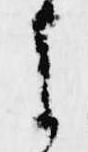
よ